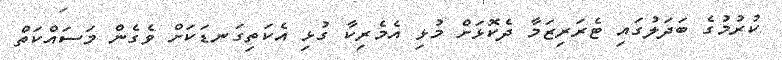
ކުރުމުގެ ބަދަލުގައި ޓެރަރިޒަމާ ދެކޮޅަށް މުޅި އެމެރިކާ ގުޅި އެކަތިގަނޑަކަށް ވެގެން މަސައްކަތް